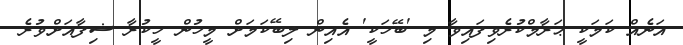
އަނެއް ކަމަކީ ޙަރާމްކުރެވިފައިވާ މި 'ބޭހަކީ' އެއިން ލިބޭކަމަށް މީހުން ހީކުރާ ޝިފާއަށްވުރެ